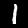
Digit: 1